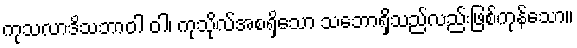
ကုသလာဒိသဘာဝါ ဝါ၊ ကုသိုလ်အစရှိသော သဘောရှိသည်လည်းဖြစ်ကုန်သော။